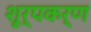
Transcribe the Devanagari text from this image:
शूर्पकर्ण